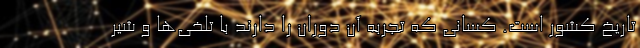
تاریخ کشور است. کسانی که تجربه آن دوران را دارند با تلخی‌ها و شیر